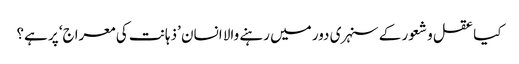
کیا عقل و شعور کے سنہری دور میں رہنے والا انسان ’ذہانت کی معراج‘ پر ہے؟